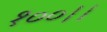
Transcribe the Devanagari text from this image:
१००।।